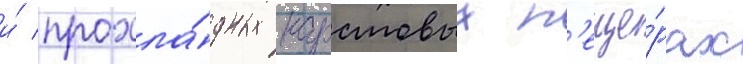
и́ прохла́дных карстовых п'еще́рах